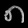
Digit: ၈